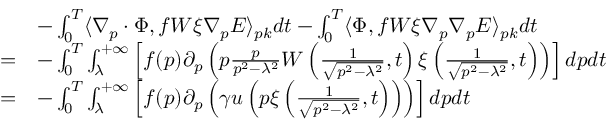
\begin{array} { r l } & { - \int _ { 0 } ^ { T } \langle \nabla _ { p } \cdot \Phi , f W \xi \nabla _ { p } E \rangle _ { p k } d t - \int _ { 0 } ^ { T } \langle \Phi , f W \xi \nabla _ { p } \nabla _ { p } E \rangle _ { p k } d t } \\ { = } & { - \int _ { 0 } ^ { T } \int _ { \lambda } ^ { + \infty } \left[ f ( p ) \partial _ { p } \left( p \frac { p } { p ^ { 2 } - \lambda ^ { 2 } } W \left( \frac { 1 } { \sqrt { p ^ { 2 } - \lambda ^ { 2 } } } , t \right) \xi \left( \frac { 1 } { \sqrt { p ^ { 2 } - \lambda ^ { 2 } } } , t \right) \right) \right] d p d t } \\ { = } & { - \int _ { 0 } ^ { T } \int _ { \lambda } ^ { + \infty } \left[ f ( p ) \partial _ { p } \left( \gamma u \left( p \xi \left( \frac { 1 } { \sqrt { p ^ { 2 } - \lambda ^ { 2 } } } , t \right) \right) \right) \right] d p d t } \end{array}